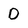
Character: 0